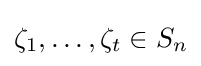
\zeta _{1},\ldots ,\zeta _{t}\in S_{n}